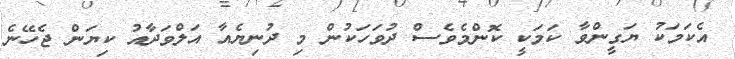
އެކަމަކު ޔަގީންވާ ކަމަކީ ކޮންމެވެސް ދުވަހަކުން މި ދުނިޔެއާ އަލްވަދާއު ކިޔަން ޖެހޭނެ